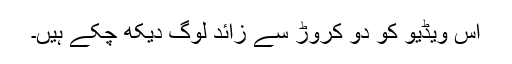
اس ویڈیو کو دو کروڑ سے زائد لوگ دیکھ چکے ہیں۔